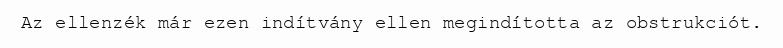
Az ellenzék már ezen indítvány ellen megindította az obstrukciót.